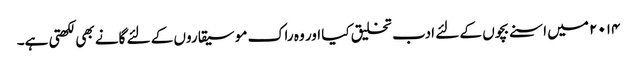
۲۰۱۴ میں اسنے بچوں کے لئے ادب تخلیق کیا اور وہ راک موسیقاروں کے لئے گانے بھی لکھتی ہے۔